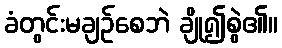
ခံတွင်းမချဉ်စေဘဲ ချို၍စွဲ၏။